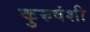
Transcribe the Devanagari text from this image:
कुरुवंशी